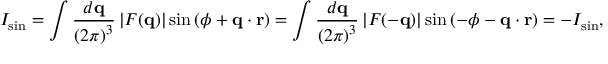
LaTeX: I _ { \sin } = \int { \frac { d \mathbf { q } } { \left( 2 \pi \right) ^ { 3 } } } \left| F ( \mathbf { q } ) \right| \sin \left( \phi + \mathbf { q } \cdot \mathbf { r } \right) = \int { \frac { d \mathbf { q } } { \left( 2 \pi \right) ^ { 3 } } } \left| F ( \mathbf { - q } ) \right| \sin \left( - \phi - \mathbf { q } \cdot \mathbf { r } \right) = - I _ { \sin } ,